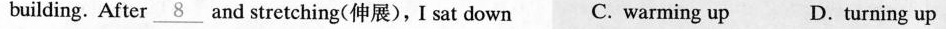
building. After \underline{8} and stretching(伸展),I sat down C. warming up D. Turning up